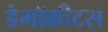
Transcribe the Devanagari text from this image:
डेमॉक्रीटस